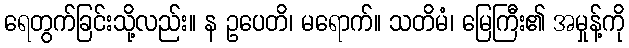
ရေတွက်ခြင်းသို့လည်း။ န ဥပေတိ၊ မရောက်။ သတိမံ၊ မြေကြီး၏ အမှုန့်ကို